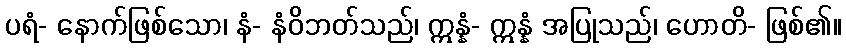
ပရံ- နောက်ဖြစ်သော၊ နံ- နံဝိဘတ်သည်၊ ဣန္နံ- ဣန္နံ အပြုသည်၊ ဟောတိ- ဖြစ်၏။